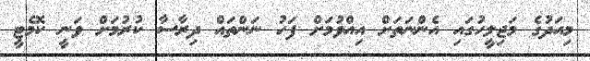
މިއަދުގެ މަޖިލީހުގައި އެންނަތަށް އިއްވުމަށް ފަހު ނަންތައް ދިރާސާ ކުރުމަށް ވަނީ ކޮމެޓީ